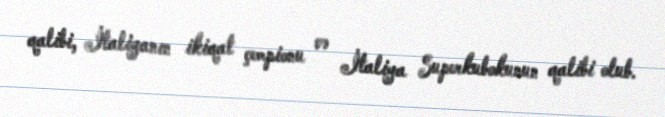
qalibi, İtaliyanın ikiqat çempionu və İtaliya Superkubokunun qalibi olub.